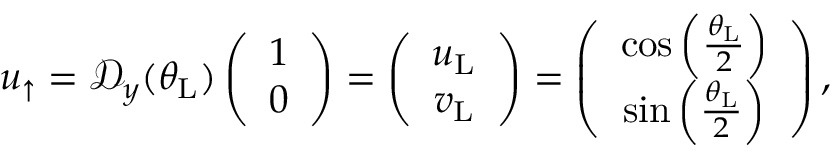
\begin{array} { r } { u _ { \uparrow } = \mathcal { D } _ { y } ( \theta _ { \mathrm { L } } ) \left( \begin{array} { c } { 1 } \\ { 0 } \end{array} \right) = \left( \begin{array} { c } { u _ { \mathrm { L } } } \\ { v _ { \mathrm { L } } } \end{array} \right) = \left( \begin{array} { c c } { \cos \left( \frac { \theta _ { \mathrm { L } } } { 2 } \right) } \\ { \sin \left( \frac { \theta _ { \mathrm { L } } } { 2 } \right) } \end{array} \right) , } \end{array}